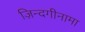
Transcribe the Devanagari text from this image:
ज़िन्दगीनामा